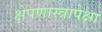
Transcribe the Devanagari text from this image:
क्षेपणास्त्रापेक्षा